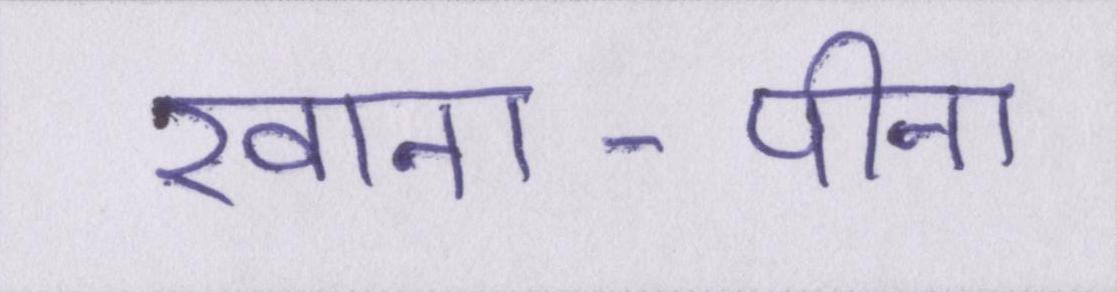
खाना-पीना